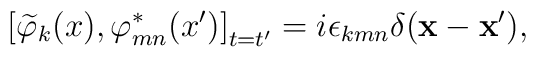
\left[ \widetilde{\varphi }_k(x),\varphi _{mn}^{*}(x^{\prime})\right] _{t=t^{\prime }}=i\epsilon _{kmn}\delta(\mathbf{x}-\mathbf{x}^{\prime }) ,